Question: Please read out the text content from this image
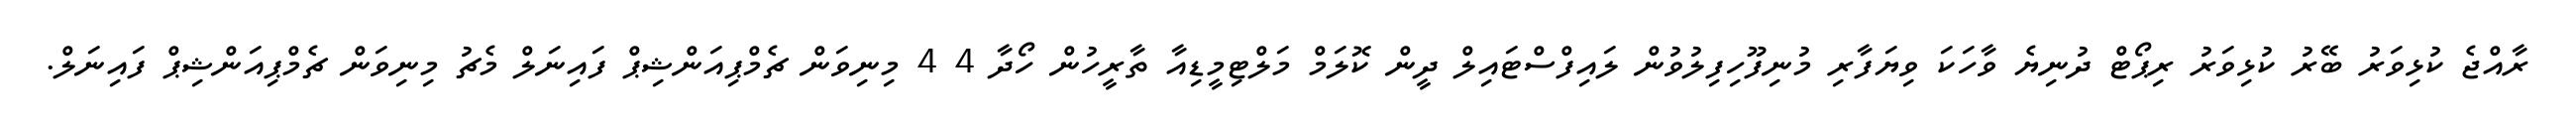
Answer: ރާއްޖެ ކުޅިވަރު ބޭރު ކުޅިވަރު ރިޕޯޓް ދުނިޔެ ވާހަކަ ވިޔަފާރި މުނިފޫހިފިލުވުން ލައިފްސްޓައިލް ދީން ކޮލަމް މަލްޓިމީޑިއާ ތާރީހުން ހޯދާ 4 4 މިނިވަން ޗެމްޕިއަންޝިޕް ފައިނަލް މެޗު މިނިވަން ޗެމްޕިއަންޝިޕް ފައިނަލް.